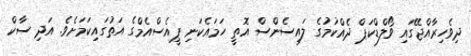
ދިވެހިރާއްޖޭގައި ވޯލްޑްކަޕް ދެއްކުމުގެ ލައިސެންސް އޮތީ ހަމައެކަނި ޕީއެސްއެމްގެ އަތުގައިކަމަށެވެ. އަދި ސާކް